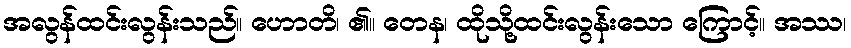
အလွန်ထင်းလွန်းသည်။ ဟောတိ၊ ၏။ တေန၊ ထိုသို့ထင်းလွန်းသော ကြောင့်။ အဿ၊